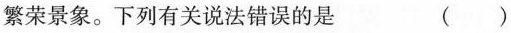
繁荣景象。下列有关说法错误的是 ( )